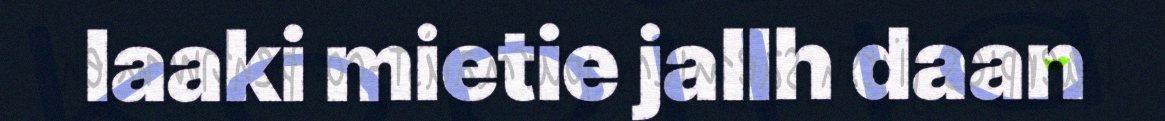
laaki mietie jallh daan